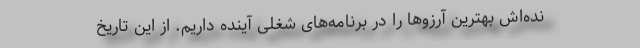
نده‌اش بهترین آرزوها را در برنامه‌های شغلی آینده داریم. از این تاریخ